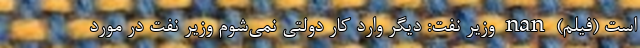
است (فیلم) nan وزیر نفت: دیگر وارد کار دولتی نمی‌شوم وزیر نفت در مورد